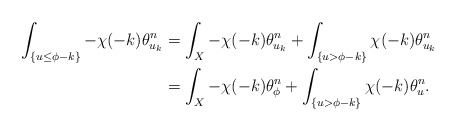
\begin{align*}\int_{\{u\leq\phi-k\}}-\chi(-k)\theta_{u_{k}}^n&=\int_X-\chi(-k)\theta_{u_{k}}^n+\int_{\{u>\phi-k\}}\chi(-k)\theta_{u_{k}}^n\\&=\int_X-\chi(-k)\theta_{\phi}^n+\int_{\{u>\phi-k\}}\chi(-k)\theta_{u}^n.\end{align*}